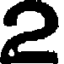
2